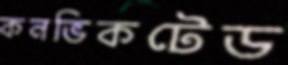
কনভিকটেড